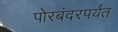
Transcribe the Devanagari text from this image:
पोरबंदरपर्यंत